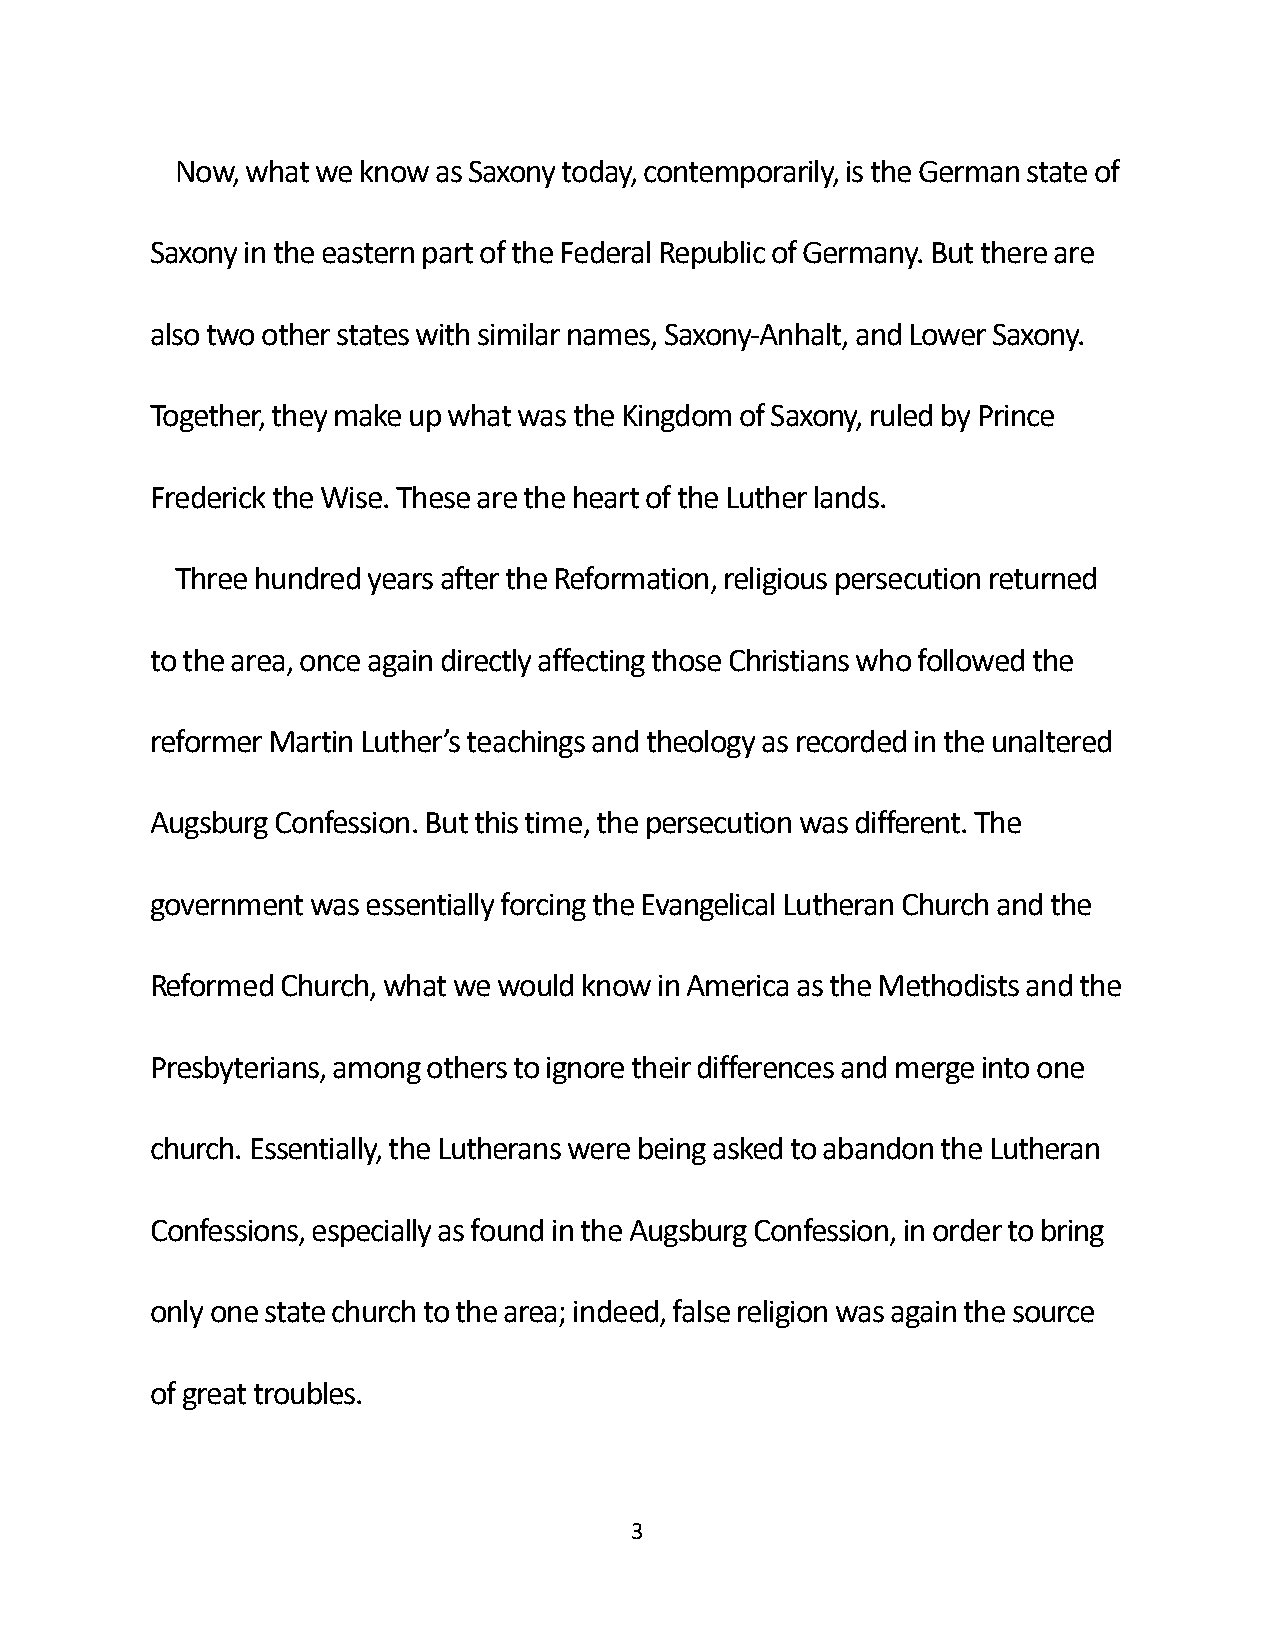
Now, what we know as Saxony today, contemporarily, is the German state of
 Saxony in the eastern part of the Federal Republic of Germany. But there are
 also two other states with similar names, Saxony-Anhalt, and Lower Saxony.
 Together, they make up what was the Kingdom of Saxony, ruled by Prince
 Frederick the Wise. These are the heart of the Luther lands.
 Three hundred years after the Reformation, religious persecution returned
 to the area, once again directly affecting those Christians who followed the
 reformer Martin Luther’s teachings and theology as recorded in the unaltered
 Augsburg Confession. But this time, the persecution was different. The
 government was essentially forcing the Evangelical Lutheran Church and the
 Reformed Church, what we would know in America as the Methodists and the
 Presbyterians, among others to ignore their differences and merge into one
 church. Essentially, the Lutherans were being asked to abandon the Lutheran
 Confessions, especially as found in the Augsburg Confession, in order to bring
 only one state church to the area; indeed, false religion was again the source
 of great troubles.
 3